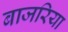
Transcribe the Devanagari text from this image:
बाजरिया